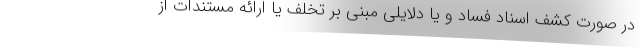
در صورت کشف اسناد فساد و یا دلایلی مبنی بر تخلف یا ارائه مستندات از